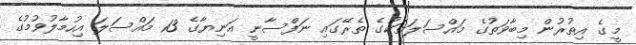
މީގެ އިތުރުން މިބާވަތުގެ މައްސަލަތަކުގެ ތެރޭގައި ނަފްސާނީ އަނިޔާގެ 13 މައްސަލަ އިހުމާލުވުމުގެ